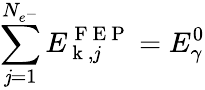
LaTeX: \sum_{\mathit{j}=1}^{N_{e^{-}}}E_{\mathrm{{~k~}},\mathit{j}}^{\mathrm{{~F~E~P~}}}=E_{\gamma}^{0}